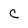
Character: c